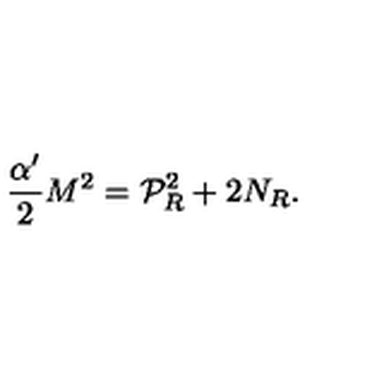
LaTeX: \frac { \alpha ^ { \prime } } { 2 } M ^ { 2 } = { \cal P } _ { R } ^ { 2 } + 2 N _ { R } .